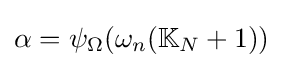
\alpha =\psi _{\Omega }(\omega _{n}(\mathbb {K} _{N}+1))